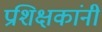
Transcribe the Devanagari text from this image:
प्रशिक्षकांनी